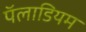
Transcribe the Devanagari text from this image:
पॅलाडियम